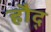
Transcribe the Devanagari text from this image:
हौद्